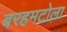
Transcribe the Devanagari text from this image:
बरहमटोला